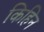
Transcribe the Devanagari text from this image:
किहिन